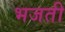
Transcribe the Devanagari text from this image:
भजती